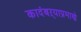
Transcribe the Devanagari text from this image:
कादंबऱ्याप्रमाणे